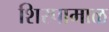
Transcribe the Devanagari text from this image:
शिरपामाळ